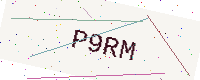
Text: P9RM